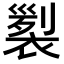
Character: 𧛵